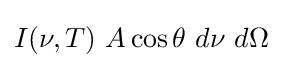
I(\nu ,T)~A\cos \theta ~d\nu ~d\Omega